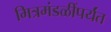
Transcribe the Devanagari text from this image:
मित्रमंडळींपर्यंत